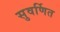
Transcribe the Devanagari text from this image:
सुवर्णित